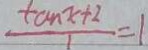
\frac { \tan x + 2 } { 1 } = 1